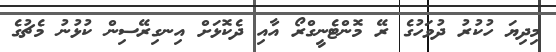
މިދިޔަ ހުކުރު ދުވަހުގެ ރޭ މޮންޓެނީގްރޯ އާއި ދެކޮޅަށް އިނގިރޭސިން ކުޅުނު މެޗުގެ